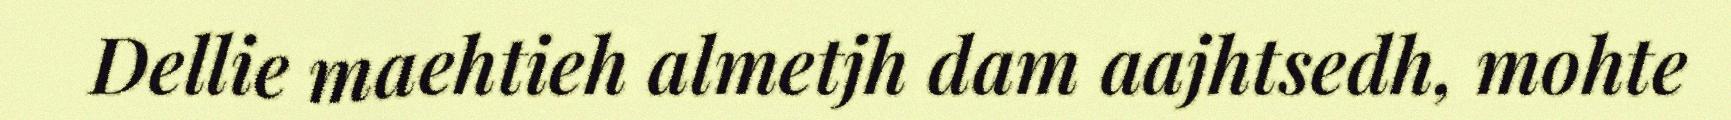
Dellie maehtieh almetjh dam aajhtsedh, mohte